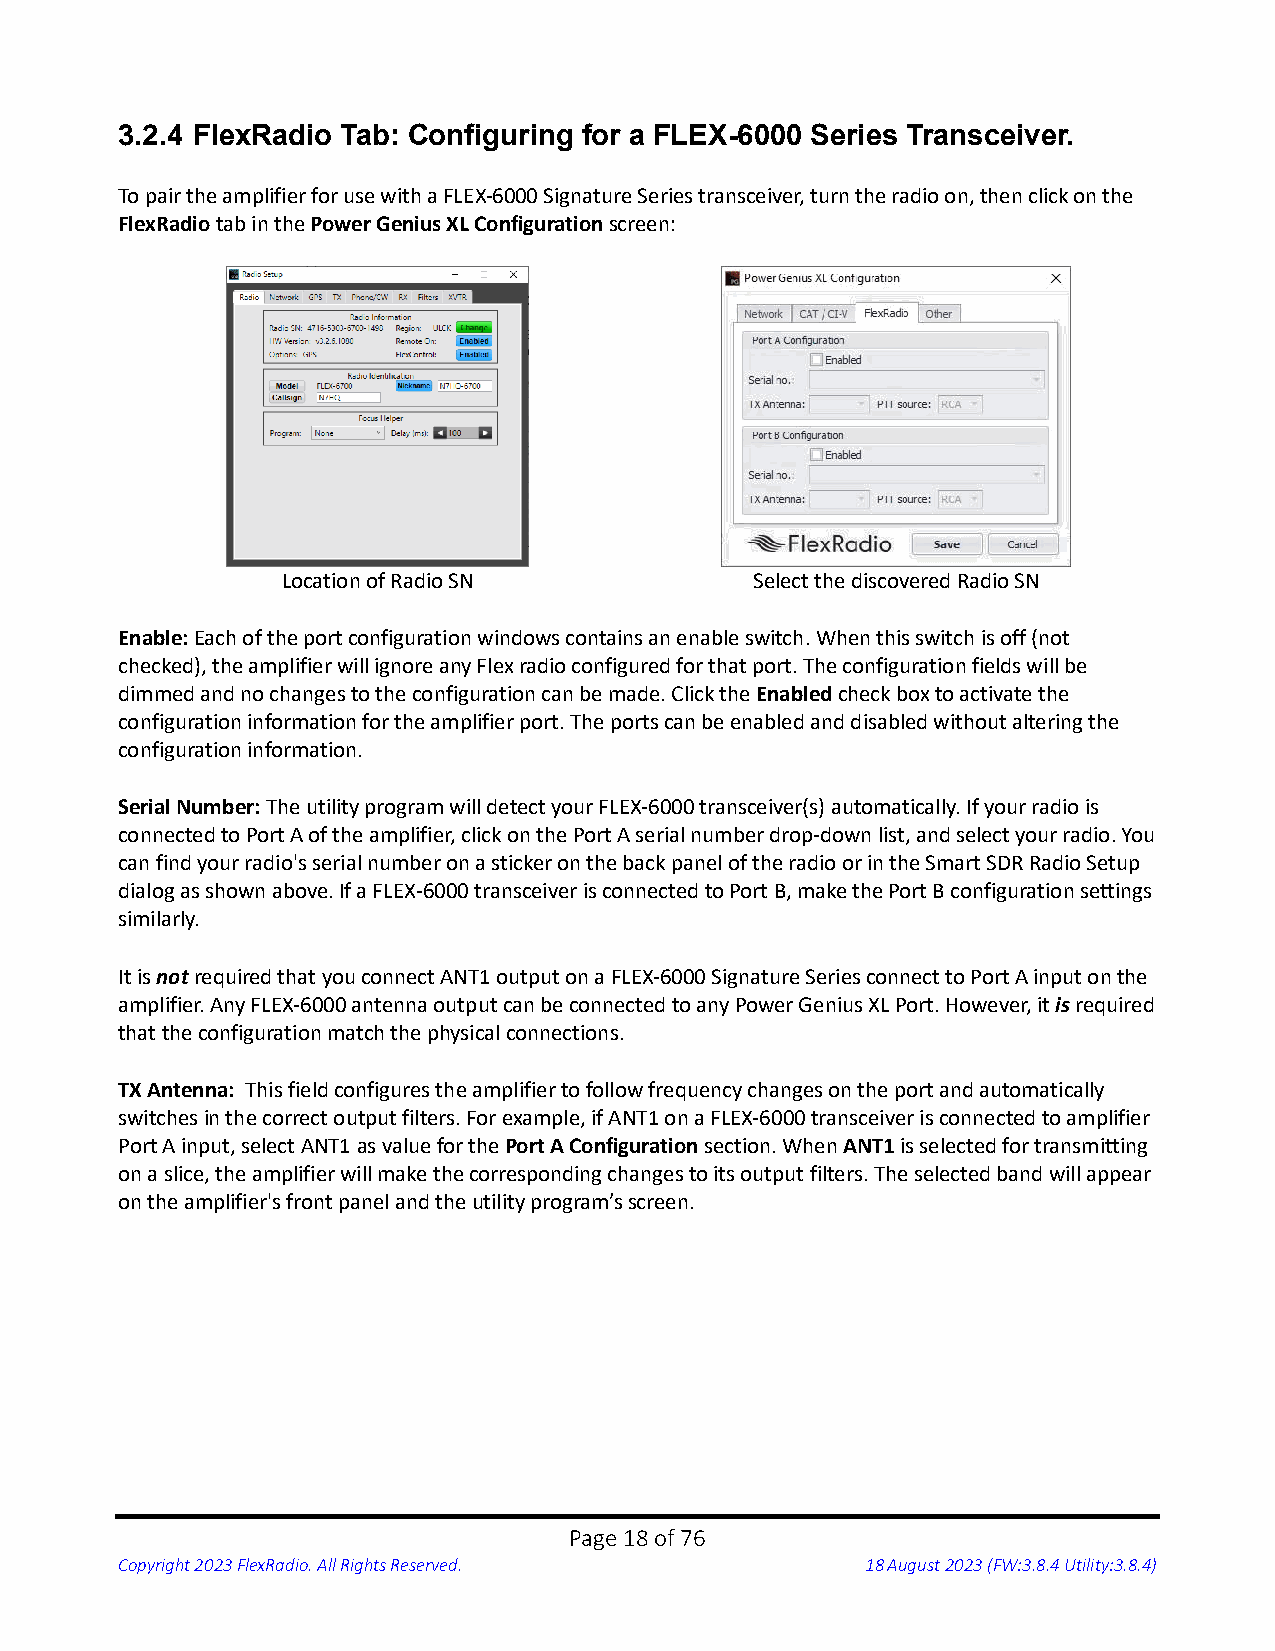
3.2.4 FlexRadio Tab: Configuring for a FLEX-6000 Series Transceiver.
 To pair the amplifier for use with a FLEX-6000 Signature Series transceiver, turn the radio on, then click on the
 FlexRadio tab in the Power Genius XL Configuration screen:
 Location of Radio SN           Select the discovered Radio SN
 Enable: Each of the port configuration windows contains an enable switch. When this switch is off (not
 checked), the amplifier will ignore any Flex radio configured for that port. The configuration fields will be
 dimmed and no changes to the configuration can be made. Click the Enabled check box to activate the
 configuration information for the amplifier port. The ports can be enabled and disabled without altering the
 configuration information.
 Serial Number: The utility program will detect your FLEX-6000 transceiver(s) automatically. If your radio is
 connected to Port A of the amplifier, click on the Port A serial number drop-down list, and select your radio. You
 can find your radio's serial number on a sticker on the back panel of the radio or in the Smart SDR Radio Setup
 dialog as shown above. If a FLEX-6000 transceiver is connected to Port B, make the Port B configuration settings
 similarly.
 It is not required that you connect ANT1 output on a FLEX-6000 Signature Series connect to Port A input on the
 amplifier. Any FLEX-6000 antenna output can be connected to any Power Genius XL Port. However, it is required
 that the configuration match the physical connections.
 TX Antenna: This field configures the amplifier to follow frequency changes on the port and automatically
 switches in the correct output filters. For example, if ANT1 on a FLEX-6000 transceiver is connected to amplifier
 Port A input, select ANT1 as value for the Port A Configuration section. When ANT1 is selected for transmitting
 on a slice, the amplifier will make the corresponding changes to its output filters. The selected band will appear
 on the amplifier's front panel and the utility program’s screen.
 Page 18 of 76
 Copyright 2023 FlexRadio. All Rights Reserved.   18 August 2023 (FW:3.8.4 Utility:3.8.4)